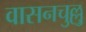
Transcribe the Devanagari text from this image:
वासनचुल्लु